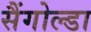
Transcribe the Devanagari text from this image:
सैंगोल्डा